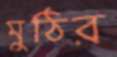
মুঠির